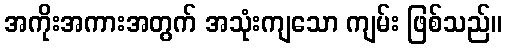
အကိုးအကားအတွက် အသုံးကျသော ကျမ်း ဖြစ်သည်။